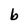
Character: b